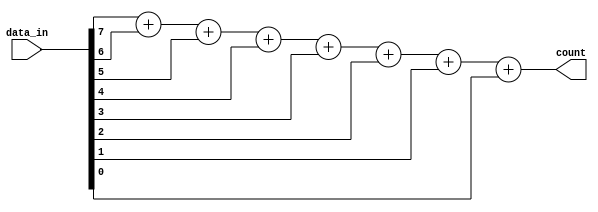

`timescale 1 ns / 1 ns

module ones_count(count, data_in);
  output [3:0] count;
  input [7:0] data_in;
  
  assign count = data_in[7]+data_in[6]+data_in[5]+data_in[4]+data_in[3]+data_in[2]+data_in[1]+data_in[0];
endmodule